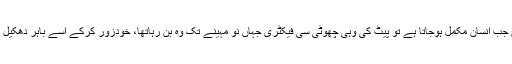
اس طرح جب انسان مکمل ہوجاتا ہے تو پیٹ کی وہی چھوٹی سی فیکٹری جہاں نو مہینے تک وہ بن رہاتھا، خودزور کرکے اسے باہر دھکیل دیتی ہے۔